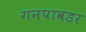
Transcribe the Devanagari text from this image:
गनपावडर